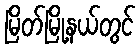
မြိတ်မြို့နယ်တွင်